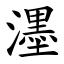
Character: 濹